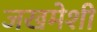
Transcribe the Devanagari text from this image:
जखमेशी